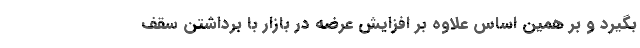
بگیرد و بر همین اساس علاوه بر افزایش عرضه در بازار با برداشتن سقف